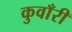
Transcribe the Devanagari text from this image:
कुवाँरी